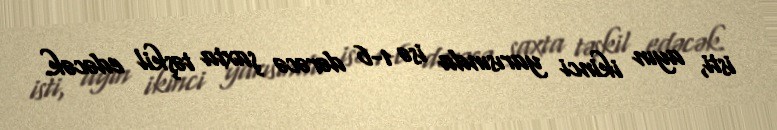
isti, ayın ikinci yarısında isə 1-6 dərəcə şaxta təşkil edəcək.